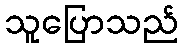
သူပြောသည်